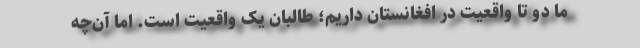
ما دو تا واقعیت در افغانستان داریم؛ طالبان یک واقعیت است. اما آن‌چه